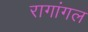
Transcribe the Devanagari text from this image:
रागांगल